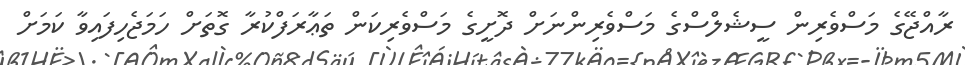
ރާއްޖޭގެ މަސްވެރިން ސީޝެލްސްގެ މަސްވެރިންނަށް ދޮށީގެ މަސްވެރިކަން ތަޢާރަފްކުރާ ގޮތަށް ހަމަޖެހިފައިވާ ކަމަށް